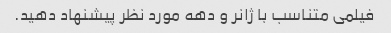
فیلمی متناسب با ژانر و دهه مورد نظر پیشنهاد دهید.